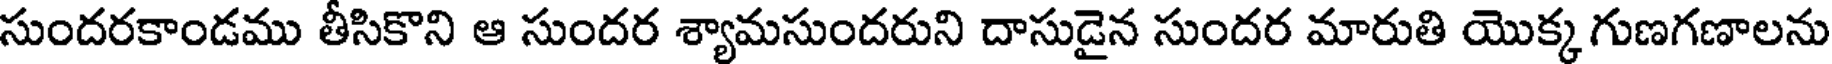
సుందరకాండము తీసికొని ఆ సుందర శ్యామసుందరుని దాసుడైన సుందర మారుతి యొక్క గుణగణాలను